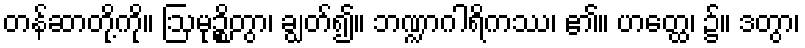
တန်ဆာတို့ကို။ ဩမုဉ္စိတွာ၊ ချွတ်၍။ ဘဏ္ဍာဂါရိကဿ၊ ၏။ ဟတ္ထေ၊ ၌။ ဒတွာ၊